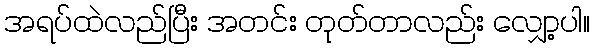
အရပ်ထဲလည်ပြီး အတင်း တုတ်တာလည်း လျှော့ပါ။